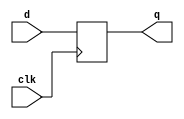
module df(d,clk,q);
    input d,clk;
    output q;
    reg q=0;
    always @ (posedge clk)
    begin
    q<=d;
end
endmodule 

module siso1(
    input d,clk,
    output q);
    wire q1,q2,q3;
    df g1(d, clk, q1);
    df g2(q1, clk, q2);
    df g3(q2, clk, q3);
    df g4(q3, clk, q);
endmodule